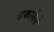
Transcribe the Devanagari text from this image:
ढकलेले